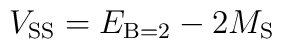
V_{\mathrm{SS}} = E_{\mathrm{B}=2} - 2 M_{\mathrm{S}}